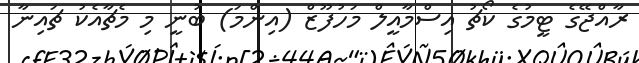
ރާއްޖޭގެ ޓީމުގެ ކޯޗު އިސްމާއީލް މަހުފޫޒް (އިންމަ) ބުނީ މި މެޗާއެކު ޗައިނާ